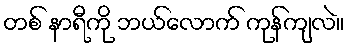
တစ် နာရီကို ဘယ်လောက် ကုန်ကျလဲ။